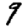
Digit: 9